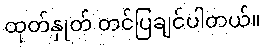
ထုတ်နှုတ် တင်ပြချင်ပါတယ်။